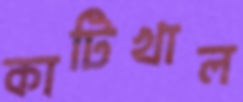
কাটিখাল